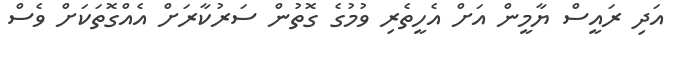
އަދި ރައީސް ޔާމީން އަށް އެހީތެރި ވުމުގެ ގޮތުން ސަރުކާރަށް އެއްގޮތަކަށް ވެސް